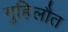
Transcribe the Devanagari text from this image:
गुहिलौत